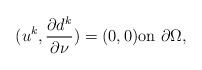
\begin{align*}(u^k, \frac{\partial d^k}{\partial \nu})=(0,0) {\rm on}\ \partial \Omega,\end{align*}